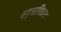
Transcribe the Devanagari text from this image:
बहुभाषिकत्व